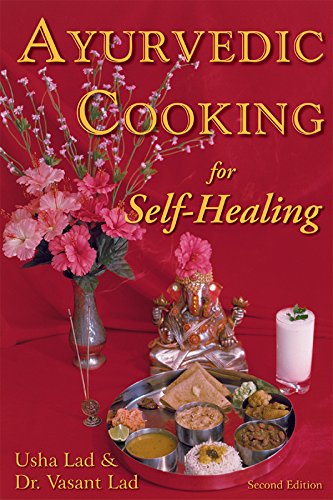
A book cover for Ayurvedic Cooking for Self Healing; Usha Lad; Cookbooks, Food & Wine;